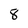
Character: 8